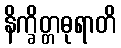
နိက္ခိတ္တဓုရာတိ